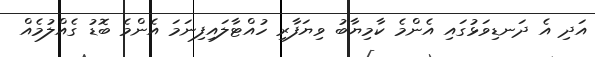
އަދި އެ ދަނޑިވަޅުގައި އެންމެ ކާމިޔާބު ވިޔަފާރި ހުއްޓާލައިފިނަމަ އެންމެ ބޮޑު ގެއްލުމެއް